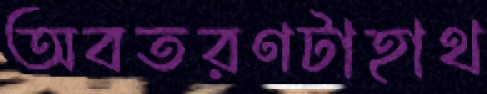
অবতরণটাহাথ